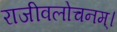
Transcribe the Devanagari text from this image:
राजीवलोचनम्‌।